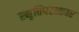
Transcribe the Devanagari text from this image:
स्मृतिपटलावर